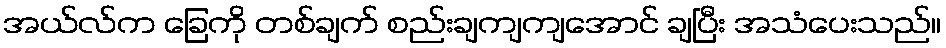
အယ်လ်က ခြေကို တစ်ချက် စည်းချကျကျအောင် ချပြီး အသံပေးသည်။